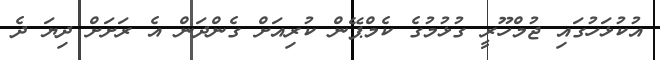
އުކުޅަހުގައި ޖުމްހޫރީ ގުޅުމުގެ ކެމްޕޭން ކުރިއަށް ގެންދަން އެ ރަށަށް ދިޔަ ދެ